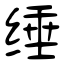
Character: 缍